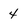
Character: 4